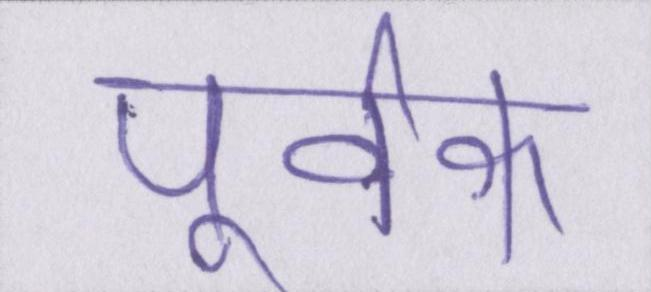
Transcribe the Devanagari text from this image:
पूर्वक